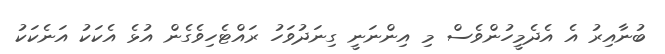
ބުނާއިރު އެ އެދެމީހުންވެސް މި އިންނަނީ ގިނަދުވަހު ރައްޓެހިވެގެން އުޅެ އެކަކު އަނެކަކު